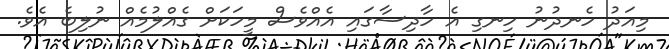
މިއަދު ހެނދުނު ހިނގި އެ ހާދިސާގައި އެއްވެސް މީހަކަށް ގެއްލުމެއް ނުލިބެ އެވެ.